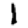
Digit: 1